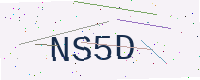
Text: NS5D